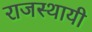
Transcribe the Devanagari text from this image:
राजस्थायी